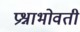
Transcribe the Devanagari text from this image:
प्रश्नाभोवती